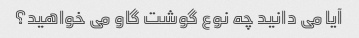
آیا می دانید چه نوع گوشت گاو می خواهید؟